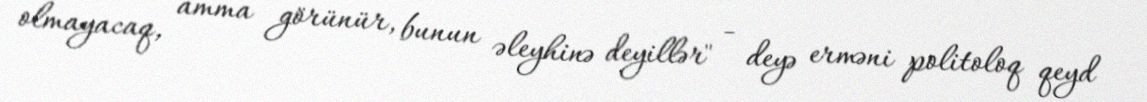
olmayacaq, amma görünür, bunun əleyhinə deyillər" - deyə erməni politoloq qeyd